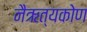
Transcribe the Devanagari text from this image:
नैऋत्यकोण